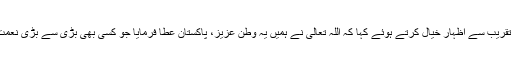
محترمہ صفیہ نے تقریب سے اظہار خیال کرتے ہوئے کہا کہ اللہ تعالٰی نے ہمیں یہ وطن عزیز، پاکستان عطا فرمایا جو کسی بھی بڑی سے بڑی نعمت سے کم نہیں ہے۔